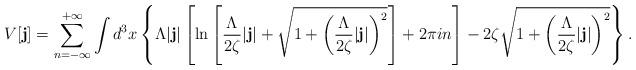
LaTeX: \begin{align*}V[{\bf j}]=\sum\limits_{n=-\infty}^{+\infty}\int d^3x\left\{\Lambda |{\bf j}|\left[\ln\left[\frac{\Lambda}{2\zeta}|{\bf j}|+\sqrt{1+\left(\frac{\Lambda}{2\zeta}|{\bf j}|\right)^2}\right]+2\pi in\right]- 2\zeta\sqrt{1+\left(\frac{\Lambda}{2\zeta}|{\bf j}|\right)^2}\right\}.\end{align*}